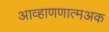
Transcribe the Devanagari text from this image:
आव्हाणणात्मअक